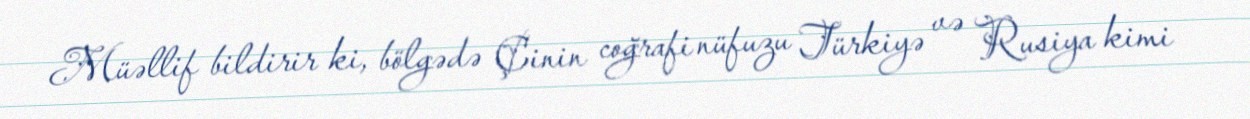
Müəllif bildirir ki, bölgədə Çinin coğrafi nüfuzu Türkiyə və Rusiya kimi